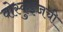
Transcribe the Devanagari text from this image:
वोस्कुइजची